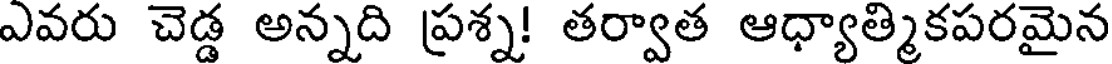
ఎవరు చెడ్డ అన్నది ప్రశ్న! తర్వాత ఆధ్యాత్మికపరమైన